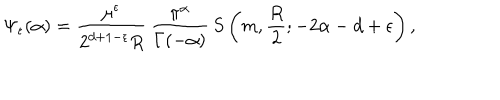
\Psi _ { \epsilon } ( \alpha ) = \frac { \mu ^ { \epsilon } } { 2 ^ { d + 1 - \epsilon } R } \, \frac { \pi ^ { \alpha } } { \Gamma ( - \alpha ) } \, S \left( m , \frac { R } { 2 } ; - 2 \alpha - d + \epsilon \right) ,